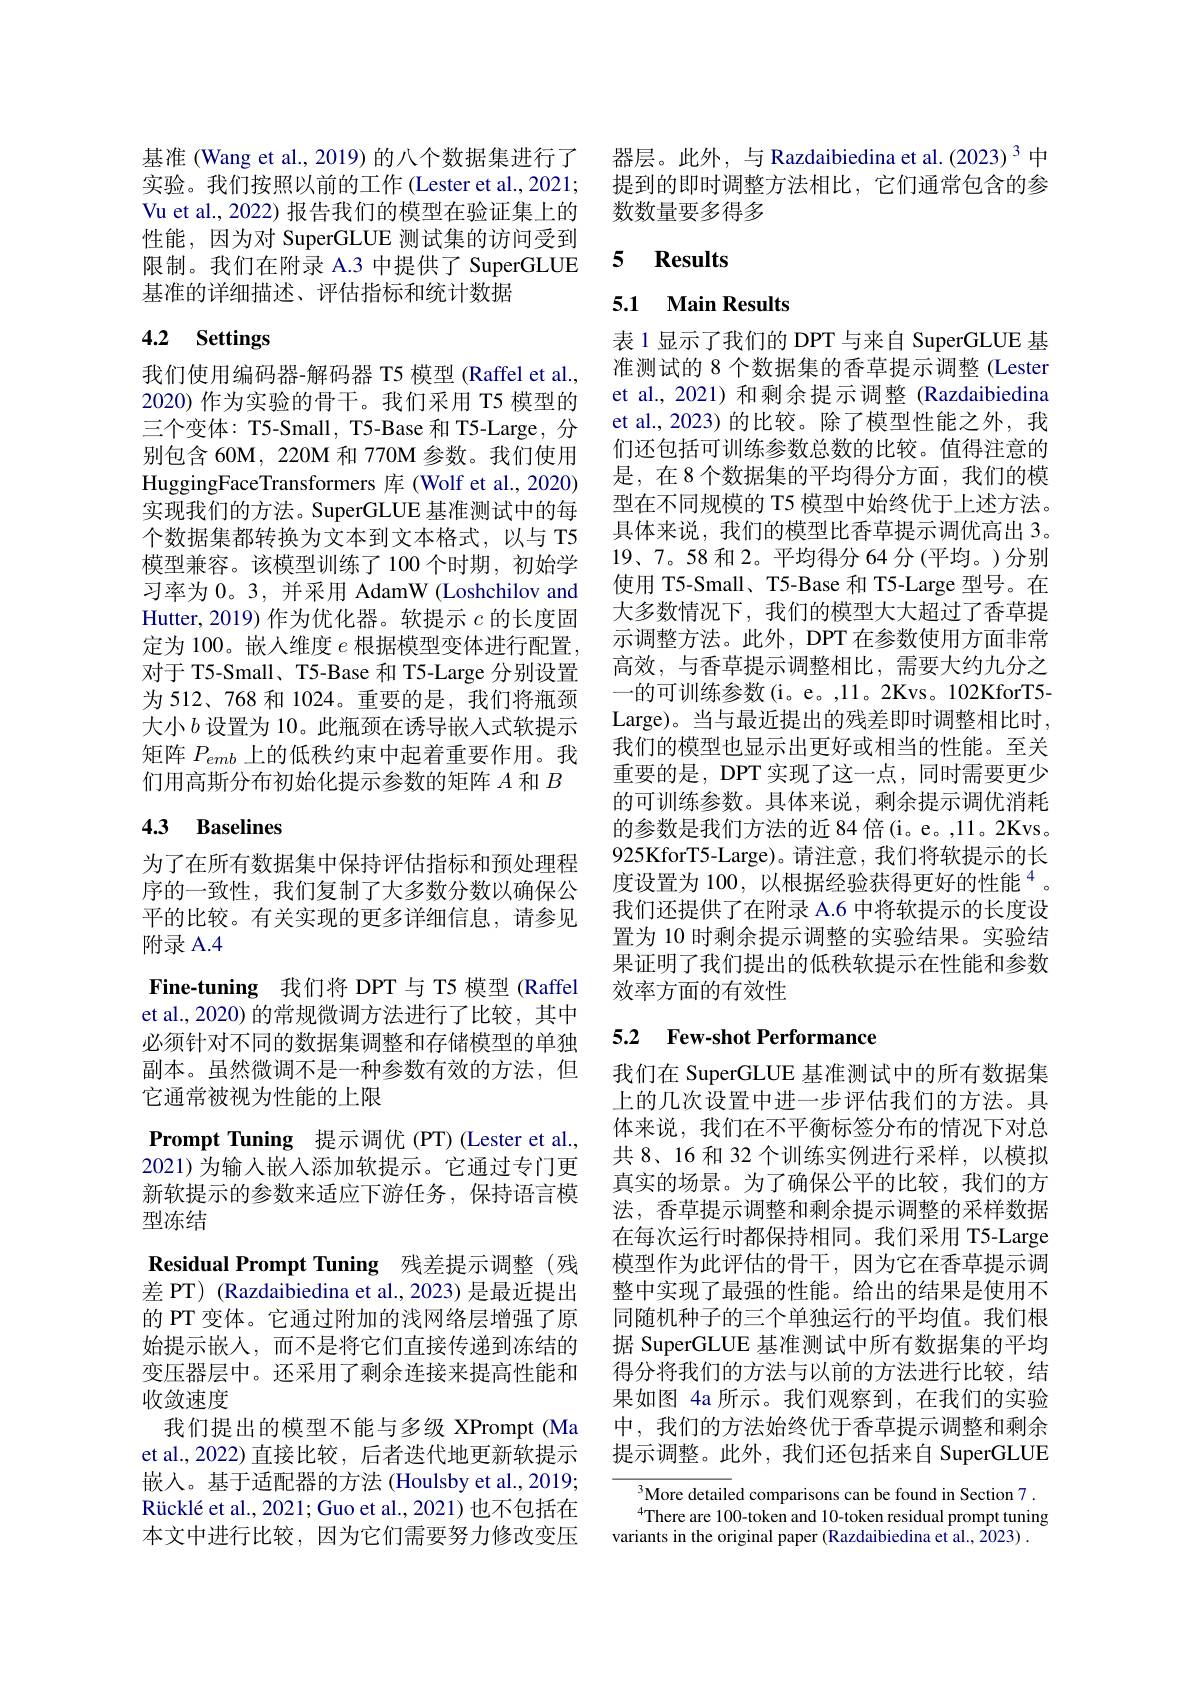
基准 (Wang et al., 2019) 的八个数据集进行了实验。我们按照以前的工作 (Lester et al., 2021; Vu et al., 2022) 报告我们的模型在验证集上的性能，因为对 SuperGLUE 测试集的访问受到限制。我们在附录 A.3 中提供了 SuperGLUE 基准的详细描述、评估指标和统计数据

# 4.2 Settings

我们使用编码器-解码器 T5 模型 (Raffel et al., 2020) 作为实验的骨干。我们采用 T5 模型的三个变体：T5-Small, T5-Base 和 T5-Large, 分别包含 60M, 220M 和 770M 参数。我们使用HuggingFaceTransformers 库 (Wolf et al., 2020) 实现我们的方法。SuperGLUE 基准测试中的每个数据集都转换为文本到文本格式，以与 T5模型兼容。该模型训练了 100 个时期，初始学习率为0。3, 并采用 AdamW (Loshchilov and Hutter, 2019) 作为优化器。软提示$c$的长度固定为 100。嵌人维度$e$根据模型变体进行配置， 对于 T5-Small、 T5-Base 和 T5-Large 分别设置为 512、768 和 1024。重要的是，我们将瓶颈大小$b$ 设置为 10。此瓶颈在诱导嵌入式软提示矩阵$P_{emb}$上的低秩约束中起着重要作用。我们用高斯分布初始化提示参数的矩阵$A$和$B$

## 4.3 Baselines

为了在所有数据集中保持评估指标和预处理程序的一致性，我们复制了大多数分数以确保公平的比较。有关实现的更多详细信息，请参见附录 A.4
Fine-tuning 我们将 DPT 与 T5 模型 (Raffel et al., 2020) 的常规微调方法进行了比较，其中必须针对不同的数据集调整和存储模型的单独副本。虽然微调不是一种参数有效的方法，但它通常被视为性能的上限
$\textbf{Prompt Tuning 提 示 调 优 ( PT) ( Lester et al. , }$ 2021)为输入嵌入添加软提示。它通过专门更新软提示的参数来适应下游任务，保持语言模型冻结
Residual Prompt Tuning 残差提示调整(残差 PT) (Razdaibiedina et al., 2023) 是最近提出的 PT 变体。它通过附加的浅网络层增强了原始提示嵌入，而不是将它们直接传递到冻结的变压器层中。还采用了剩余连接来提高性能和收敛速度
我们提出的模型不能与多级 XPrompt (Ma et al.,2022) 直接比较，后者迭代地更新软提示嵌入。基于适配器的方法 (Houlsby et al.,2019; R$\text{\"{u} ckl\' eetal. , 2021; Guoetal. , 2021) 也 不 包 括 在 }$ 本文中进行比较，因为它们需要努力修改变压

器层。此外，与 Razdaibiedina et al.(2023)$^{3}$中提到的即时调整方法相比，它们通常包含的参数数量要多得多

# 5 Results

## 5.1 Main Results

表 1 显示了我们的 DPT 与来自 SuperGLUE 基准测试的 8 个数据集的香草提示调整 (Lester et al., 2021) 和剩余提示调整 (Razdaibiedina et al., 2023) 的比较。除了模型性能之外，我们还包括可训练参数总数的比较。值得注意的是，在8个数据集的平均得分方面，我们的模型在不同规模的 T5 模型中始终优于上述方法。具体来说，我们的模型比香草提示调优高出 3。19、7。58 和 2。平均得分 64 分(平均。)分别使用 T5-Small、T5-Base 和 T5-Large 型号。在大多数情况下，我们的模型大大超过了香草提示调整方法。此外，DPT 在参数使用方面非常高效，与香草提示调整相比，需要大约九分之一的可训练参数(i。e。,11。2Kvs。102KforT5- Large)。当与最近提出的残差即时调整相比时， 我们的模型也显示出更好或相当的性能。至关重要的是，DPT 实现了这一点，同时需要更少的可训练参数。具体来说，剩余提示调优消耗的参数是我们方法的近 84 倍(i。e。,11。2Kvs。925KforT5-Large)。请注意，我们将软提示的长度设置为 100, 以根据经验获得更好的性能$^{4}$。我们还提供了在附录 A.6 中将软提示的长度设置为 10 时剩余提示调整的实验结果。实验结果证明了我们提出的低秩软提示在性能和参数效率方面的有效性

## 5.2 $\textbf{Few- shot Performance}$

我们在 SuperGLUE 基准测试中的所有数据集上的几次设置中进一步评估我们的方法。具体来说，我们在不平衡标签分布的情况下对总共 8、16 和 32 个训练实例进行采样，以模拟真实的场景。为了确保公平的比较，我们的方法，香草提示调整和剩余提示调整的采样数据在每次运行时都保持相同。我们采用 T5-Large 模型作为此评估的骨干，因为它在香草提示调整中实现了最强的性能。给出的结果是使用不同随机种子的三个单独运行的平均值。我们根据 SuperGLUE 基准测试中所有数据集的平均得分将我们的方法与以前的方法进行比较，结果如图 4a 所示。我们观察到，在我们的实验中，我们的方法始终优于香草提示调整和剩余提示调整。此外，我们还包括来自 SuperGLUE

More detailed comparisons can be found in Section 7 . $^{4}$There are 100-token and 10-token residual prompt tuning
variants in the original paper (Razdaibiedina et al., 2023) .